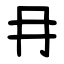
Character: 冄